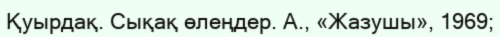
Қуырдақ. Сықақ өлеңдер. А., «Жазушы», 1969;